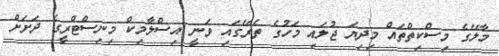
މާލޭގެ މިސްކިތްތައް މިދިޔަ ޖުލައި މަހުގެ ތެރޭގައި ވަނީ އިސްލާމިކް މިނިސްޓްރީގެ ދަށަށް